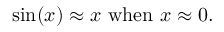
\sin ( x ) \approx x { \mathrm { ~ w h e n ~ } } x \approx 0 .